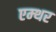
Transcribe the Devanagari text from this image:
एम्थर